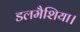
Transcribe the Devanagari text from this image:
डलमैशिया।